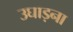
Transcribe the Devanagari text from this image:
उघाड़ना